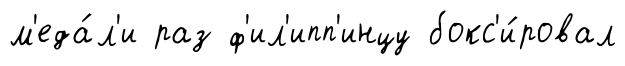
м'еда́л'и раз ф'ил'ипп'инцу бокс'и́ровал